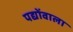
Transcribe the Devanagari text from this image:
पद्योंवाला